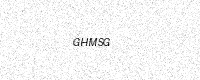
Text: GHMSG